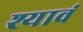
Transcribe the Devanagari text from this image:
श्यावं